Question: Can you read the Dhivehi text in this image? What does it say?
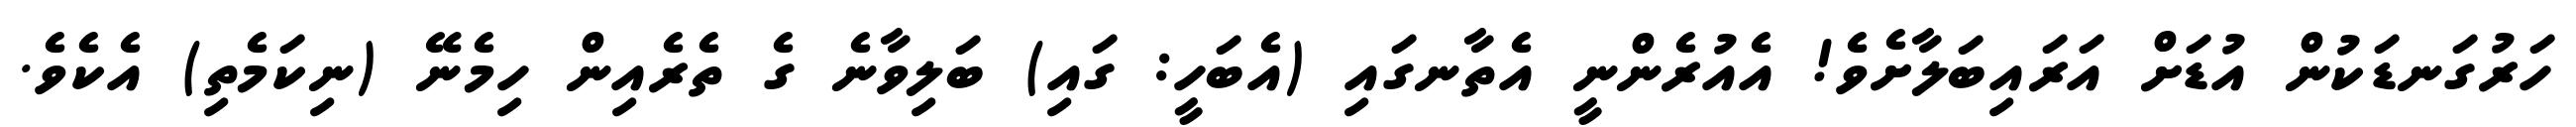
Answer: ހަރުގަނޑަކުން އުޑަށް އަރައިބަލާށެވެ! އެއުރެންނީ އެތާނގައި (އެބަހީ: ގައި) ބަލިވާނެ ގެ ތެރެއިން ހިމެނޭ (ނިކަމެތި) އެކެވެ.